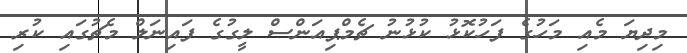
މިދިޔަ މެއި މަހުގެ ފަހުކޮޅު ކުޅުނު ޗެމްޕިއަންސް ލީގުގެ ފައިނަލް މެޗުގައި ކުރި